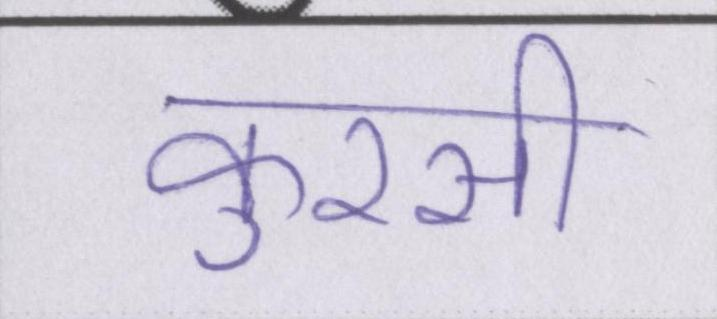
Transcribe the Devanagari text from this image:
कुरसी